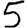
Digit: 5